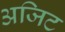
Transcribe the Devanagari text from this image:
अजिट